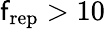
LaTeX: \mathsf{f}_{\mathrm{{rep}}}>10